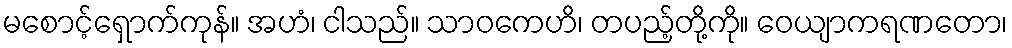
မစောင့်ရှောက်ကုန်။ အဟံ၊ ငါသည်။ သာဝကေဟိ၊ တပည့်တို့ကို။ ဝေယျာကရဏတော၊